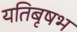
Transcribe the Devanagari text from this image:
यतिबृषभ